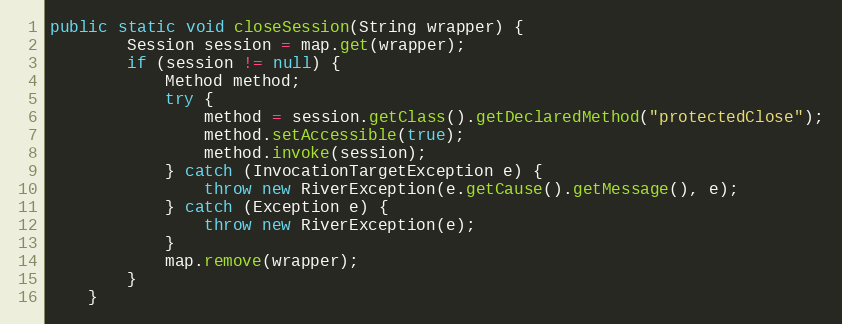
Language: Java
public static void closeSession(String wrapper) {
		Session session = map.get(wrapper);
		if (session != null) {
			Method method;
			try {
				method = session.getClass().getDeclaredMethod("protectedClose");
				method.setAccessible(true);
				method.invoke(session);
			} catch (InvocationTargetException e) {
				throw new RiverException(e.getCause().getMessage(), e);
			} catch (Exception e) {
				throw new RiverException(e);
			}
			map.remove(wrapper);
		}
	}